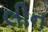
લીન